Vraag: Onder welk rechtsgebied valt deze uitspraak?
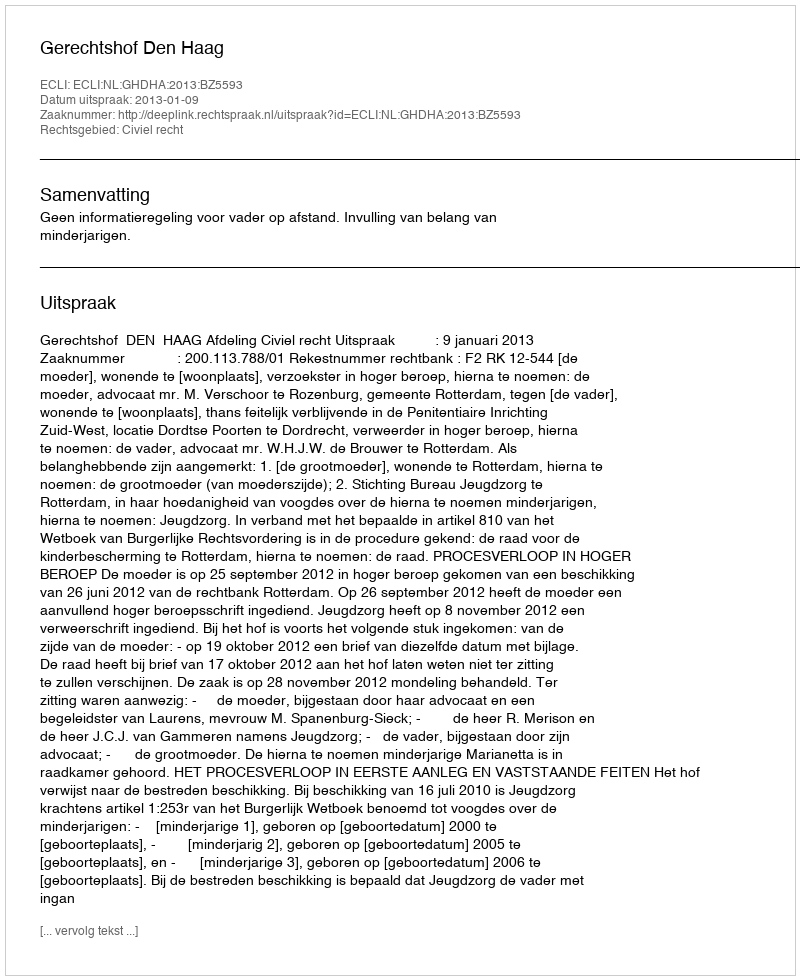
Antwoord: Civiel recht